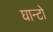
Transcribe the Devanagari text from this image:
घान्टो